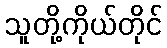
သူတို့ကိုယ်တိုင်